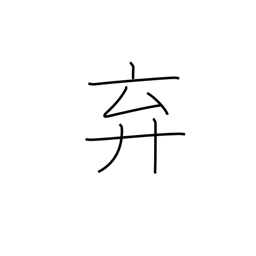
Meaning: abandon